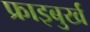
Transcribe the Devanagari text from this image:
फ्राइबुर्ख